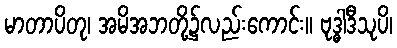
မာတာပိတု၊ အမိအဘတို့၌လည်းကောင်း။ ဗုဒ္ဓါဒီသုပိ၊